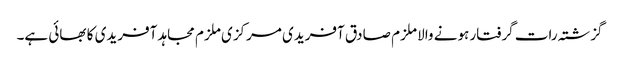
گزشتہ رات گرفتار ہونے والا ملزم صادق آفریدی مرکزی ملزم مجاہد آفریدی کا بھائی ہے۔